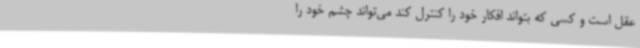
عقل است و کسی که بتواند افکار خود را کنترل کند می‌تواند چشم خود را